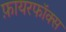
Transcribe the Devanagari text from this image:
फ़ायरफॉक्स